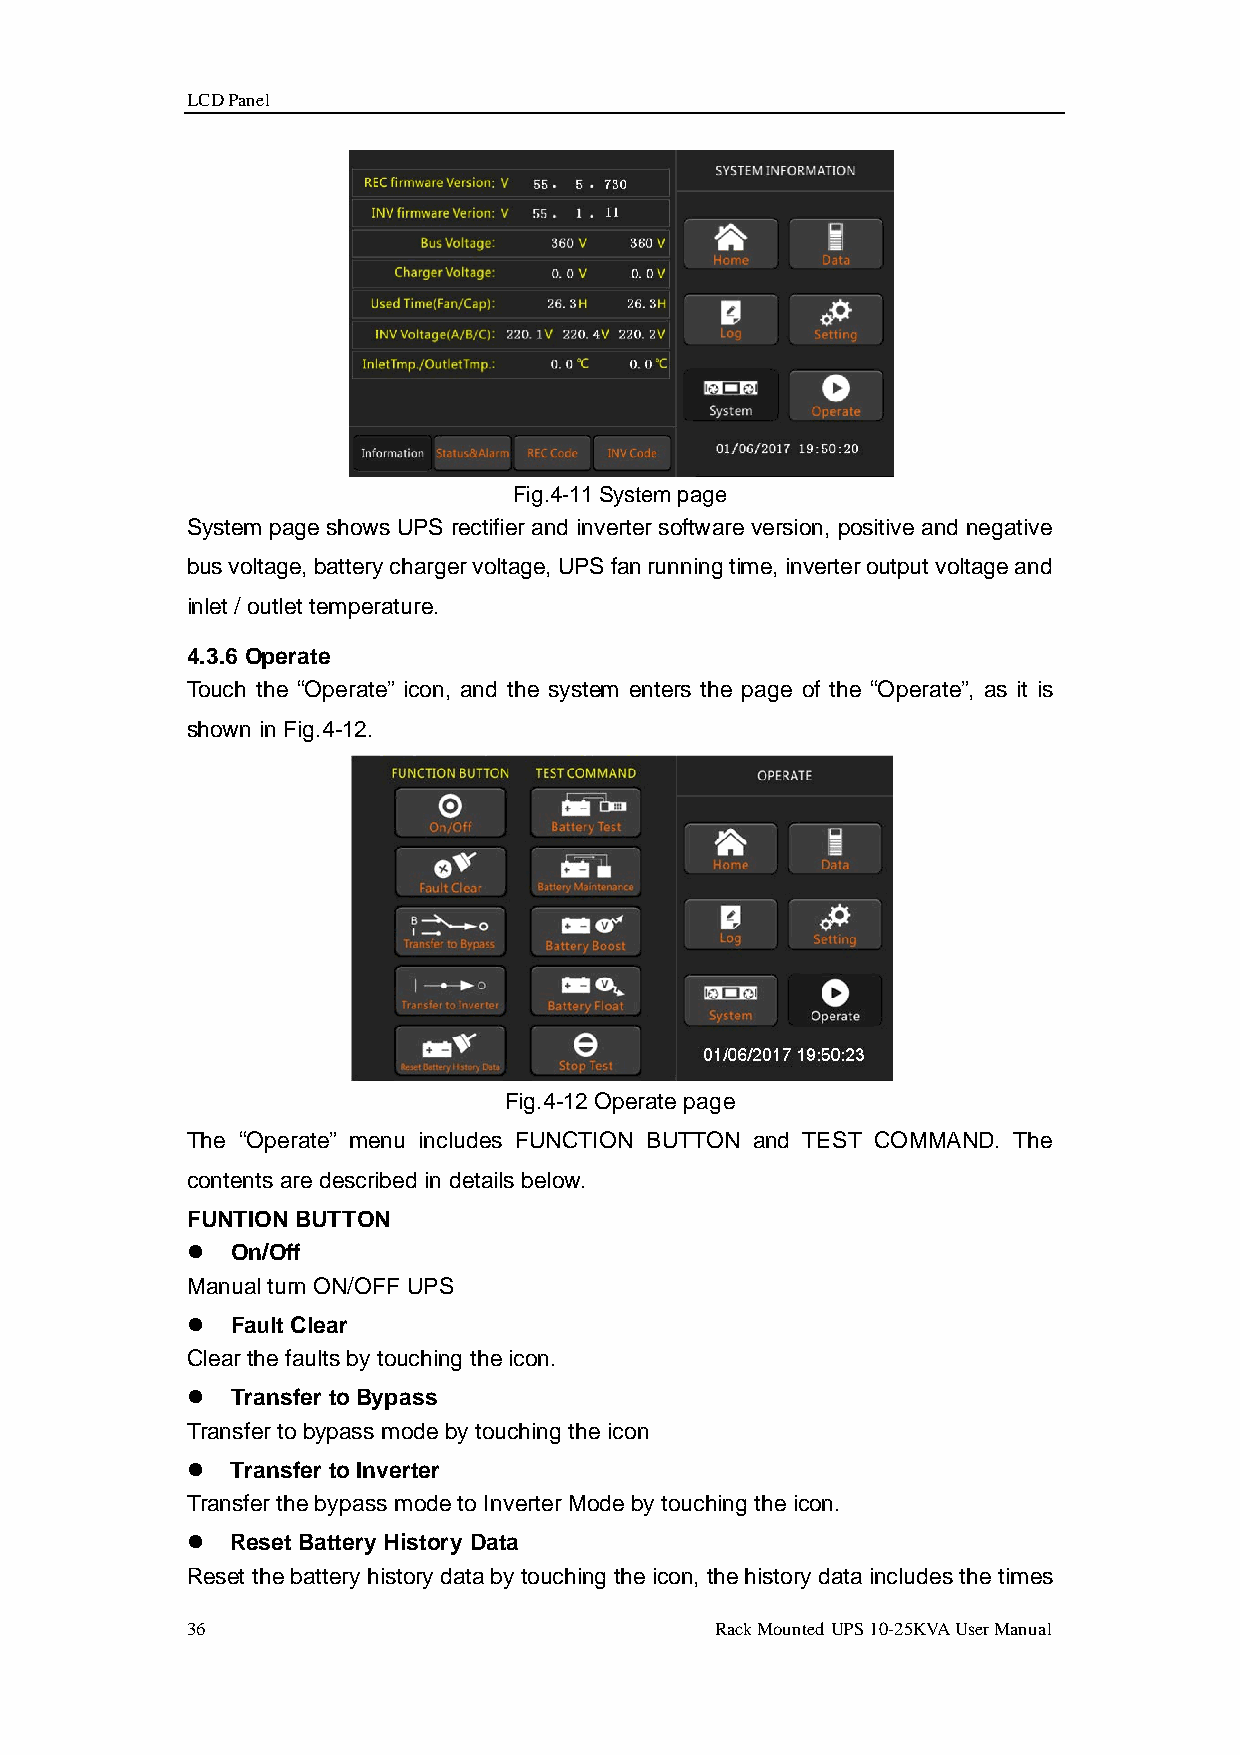
LCD Panel
 Fig.4-11 System page
 System page shows UPS rectifier and inverter software version, positive and negative
 bus voltage, battery charger voltage, UPS fan running time, inverter output voltage and
 inlet / outlet temperature.
 4.3.6 Operate
 Touch the “Operate” icon, and the system enters the page of the “Operate”, as it is
 shown in Fig.4-12.
 Fig.4-12 Operate page
 The “Operate” menu includes FUNCTION BUTTON and TEST COMMAND. The
 contents are described in details below.
 FUNTION BUTTON
   On/Off
 Manual turn ON/OFF UPS
   Fault Clear
 Clear the faults by touching the icon.
   Transfer to Bypass
 Transfer to bypass mode by touching the icon
   Transfer to Inverter
 Transfer the bypass mode to Inverter Mode by touching the icon.
   Reset Battery History Data
 Reset the battery history data by touching the icon, the history data includes the times
 36                                 Rack Mounted UPS 10-25KVA User Manual